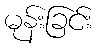
မုန်းခြင်း